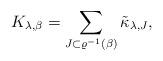
LaTeX: \begin{align*}K_{\lambda,\beta} = \sum_{J\subset \varrho^{-1}(\beta)} \tilde \kappa_{\lambda,J},\end{align*}